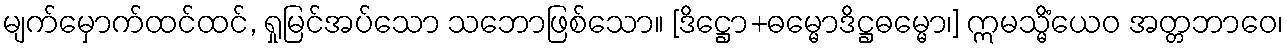
မျက်မှောက်ထင်ထင်, ရှုမြင်အပ်သော သဘောဖြစ်သော။ [ဒိဋ္ဌော+ဓမ္မောဒိဋ္ဌဓမ္မော၊] ဣမသ္မိံယေဝ အတ္တဘာဝေ၊